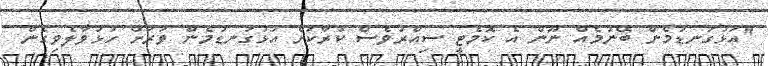
"އަޅުގަނޑުމެން ބޭނުމެއް ނޫން އެ ކޮމެޓީ ސިއްރުވެސް ކުރާކަށް އަޅުގަނޑުމެން ވަރަށް ހުޅުވާލެވިގެން